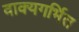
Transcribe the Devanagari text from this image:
वाक्यगर्भित